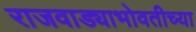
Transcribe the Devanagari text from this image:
राजवाड्याभोवतीच्या